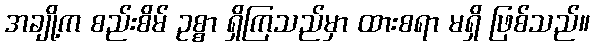
အချို့က စည်းစိမ် ဥစ္စာ ရှိကြသည်မှာ ထားစရာ မရှိ ဖြစ်သည်။